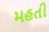
મહતી